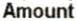
AMOUNT